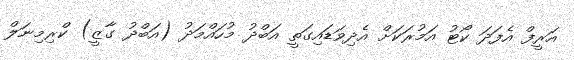
އަރީފް އެފަދަ ކޯޓު އަމުރަކަށް އެދިވަޑައިގަތީ އަބްދު މުހައްމަދު (އަބްދު ގާޒީ) ކްރިމިނަލް